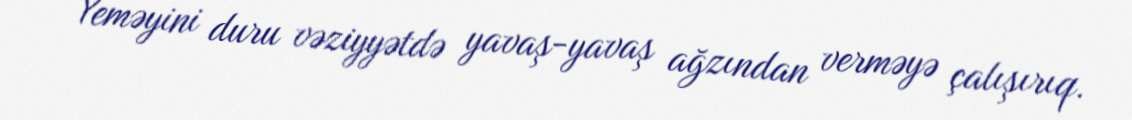
Yeməyini duru vəziyyətdə yavaş-yavaş ağzından verməyə çalışırıq.